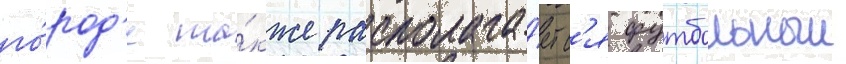
го́род'е та́кже располага́етс'я футбольныи